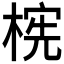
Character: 𬃫